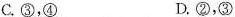
C.③，④ D.②，③